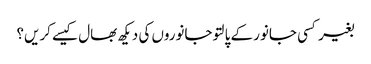
بغیر کسی جانور کے پالتو جانوروں کی دیکھ بھال کیسے کریں؟